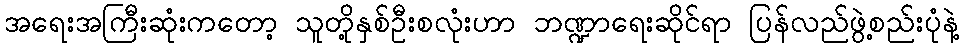
အရေးအကြီးဆုံးကတော့ သူတို့နှစ်ဦးစလုံးဟာ ဘဏ္ဍာရေးဆိုင်ရာ ပြန်လည်ဖွဲ့စည်းပုံနဲ့